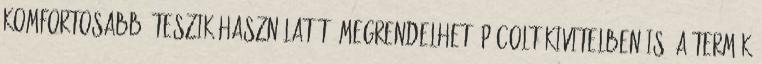
komfortosabbá teszik használatát. Megrendelhető pácolt kivitelben is. A termék